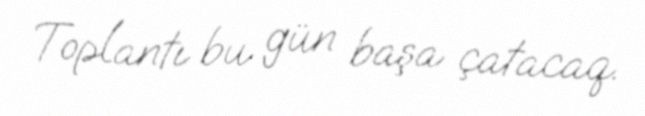
Toplantı bu gün başa çatacaq.